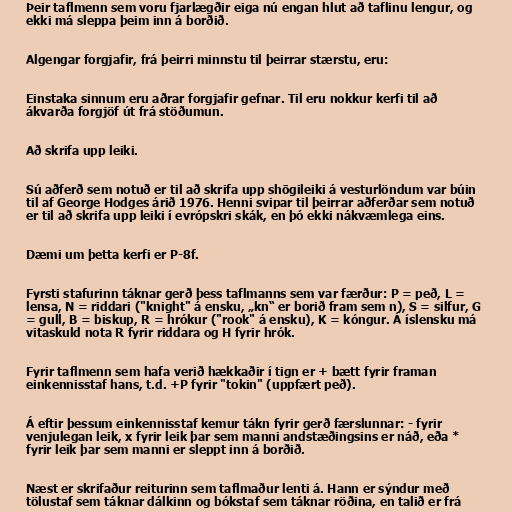
Þeir taflmenn sem voru fjarlægðir eiga nú engan hlut að taflinu lengur, og
ekki má sleppa þeim inn á borðið.

Algengar forgjafir, frá þeirri minnstu til þeirrar stærstu, eru:

Einstaka sinnum eru aðrar forgjafir gefnar. Til eru nokkur kerfi til að
ákvarða forgjöf út frá stöðumun.

Að skrifa upp leiki.

Sú aðferð sem notuð er til að skrifa upp shōgileiki á vesturlöndum var búin
til af George Hodges árið 1976. Henni svipar til þeirrar aðferðar sem notuð
er til að skrifa upp leiki í evrópskri skák, en þó ekki nákvæmlega eins.

Dæmi um þetta kerfi er P-8f.

Fyrsti stafurinn táknar gerð þess taflmanns sem var færður: P = peð, L =
lensa, N = riddari ("knight" á ensku, „kn“ er borið fram sem n), S = silfur, G
= gull, B = biskup, R = hrókur ("rook" á ensku), K = kóngur. Á íslensku má
vitaskuld nota R fyrir riddara og H fyrir hrók.

Fyrir taflmenn sem hafa verið hækkaðir í tign er + bætt fyrir framan
einkennisstaf hans, t.d. +P fyrir "tokin" (uppfært peð).

Á eftir þessum einkennisstaf kemur tákn fyrir gerð færslunnar: - fyrir
venjulegan leik, x fyrir leik þar sem manni andstæðingsins er náð, eða *
fyrir leik þar sem manni er sleppt inn á borðið.

Næst er skrifaður reiturinn sem taflmaður lenti á. Hann er sýndur með
tölustaf sem táknar dálkinn og bókstaf sem táknar röðina, en talið er frá